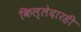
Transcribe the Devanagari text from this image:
किल्लेदारही